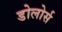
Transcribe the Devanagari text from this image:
डोलोर्स